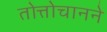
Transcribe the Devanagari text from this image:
तोत्तोचानने